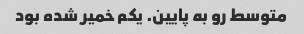
متوسط رو به پایین. یکم خمیر شده بود